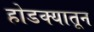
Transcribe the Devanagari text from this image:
होडक्यातून